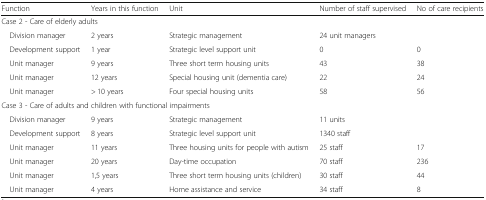
<table><thead><tr><td><b>Function</b></td><td><b>Years in this function</b></td><td><b>Unit</b></td><td><b>Number of staff supervised</b></td><td><b>No of care recipients</b></td></tr></thead><tbody><tr><td colspan="5">Case 2 - Care of elderly adults</td></tr><tr><td> Division manager</td><td>2 years</td><td>Strategic management</td><td>24 unit managers</td><td>[EMPTY_CELL]</td></tr><tr><td> Development support</td><td>1 year</td><td>Strategic level support unit</td><td>0</td><td>0</td></tr><tr><td> Unit manager</td><td>9 years</td><td>Three short term housing units</td><td>43</td><td>38</td></tr><tr><td> Unit manager</td><td>12 years</td><td>Special housing unit (dementia care)</td><td>22</td><td>24</td></tr><tr><td> Unit manager</td><td>&gt; 10 years</td><td>Four special housing units</td><td>58</td><td>56</td></tr><tr><td colspan="5">Case 3 - Care of adults and children with functional impairments</td></tr><tr><td> Division manager</td><td>9 years</td><td>Strategic management</td><td>11 units</td><td>[EMPTY_CELL]</td></tr><tr><td> Development support</td><td>8 years</td><td>Strategic level support unit</td><td>1340 staff</td><td>[EMPTY_CELL]</td></tr><tr><td> Unit manager</td><td>11 years</td><td>Three housing units for people with autism</td><td>25 staff</td><td>17</td></tr><tr><td> Unit manager</td><td>20 years</td><td>Day-time occupation</td><td>70 staff</td><td>236</td></tr><tr><td> Unit manager</td><td>1,5 years</td><td>Three short term housing units (children)</td><td>30 staff</td><td>44</td></tr><tr><td> Unit manager</td><td>4 years</td><td>Home assistance and service</td><td>34 staff</td><td>8</td></tr></tbody></table>